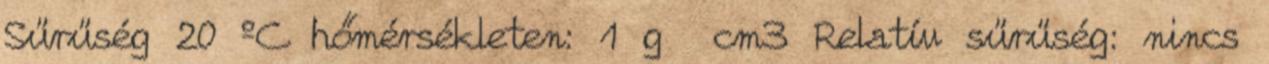
Sűrűség 20 ºC hőmérsékleten: 1 g cm3 Relatív sűrűség: nincs